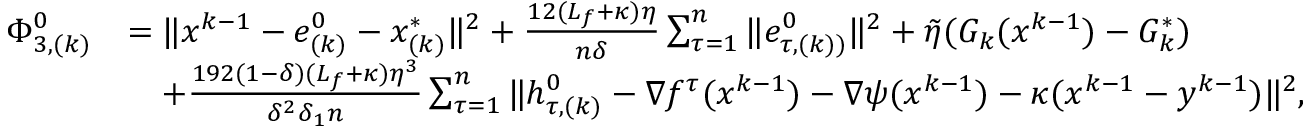
\begin{array} { r l } { \Phi _ { 3 , ( k ) } ^ { 0 } } & { = \| x ^ { k - 1 } - e _ { ( k ) } ^ { 0 } - x _ { ( k ) } ^ { * } \| ^ { 2 } + \frac { 1 2 ( L _ { f } + \kappa ) \eta } { n \delta } \sum _ { \tau = 1 } ^ { n } \| e _ { \tau , ( k ) ) } ^ { 0 } \| ^ { 2 } + \tilde { \eta } ( G _ { k } ( x ^ { k - 1 } ) - G _ { k } ^ { * } ) } \\ & { \quad + \frac { 1 9 2 ( 1 - \delta ) ( L _ { f } + \kappa ) \eta ^ { 3 } } { \delta ^ { 2 } \delta _ { 1 } n } \sum _ { \tau = 1 } ^ { n } \| h _ { \tau , ( k ) } ^ { 0 } - \nabla f ^ { \tau } ( x ^ { k - 1 } ) - \nabla \psi ( x ^ { k - 1 } ) - \kappa ( x ^ { k - 1 } - y ^ { k - 1 } ) \| ^ { 2 } , } \end{array}